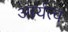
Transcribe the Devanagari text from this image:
आर्यत्व